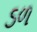
ડળ